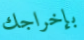
بإخراجك